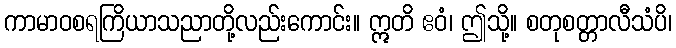
ကာမာဝစရကြိယာသညာတို့လည်းကောင်း။ ဣတိ ဧဝံ၊ ဤသို့။ စတုစတ္တာလီသံပိ၊